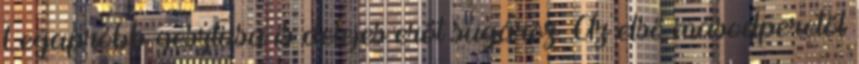
Legapróbb gesztusa is delejes erőt sugároz. Az első másodperctől